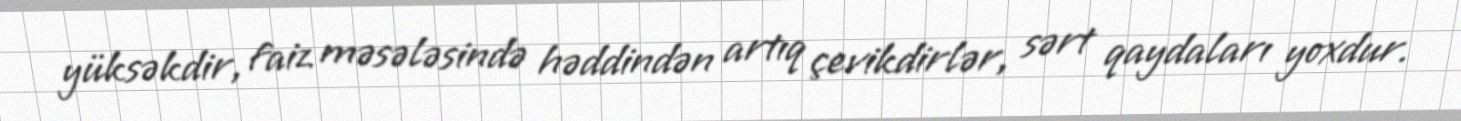
yüksəkdir, faiz məsələsində həddindən artıq çevikdirlər, sərt qaydaları yoxdur.